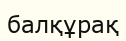
балқұрақ